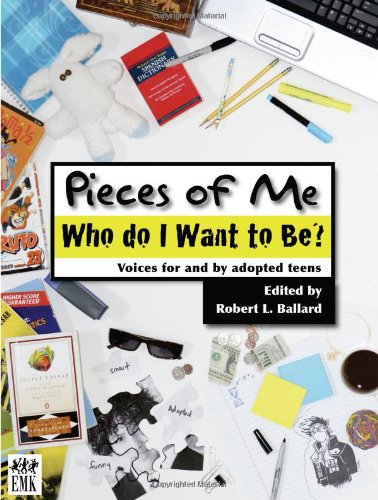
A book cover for Pieces of Me: Who do I Want to Be; Teen & Young Adult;